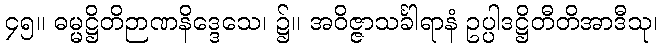
၄၅။ ဓမ္မဋ္ဌိတိဉာဏနိဒ္ဒေသေ၊ ၌။ အဝိဇ္ဇာသင်္ခါရာနံ ဥပ္ပါဒဋ္ဌိတီတိအာဒီသု၊